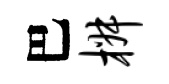
巴椒